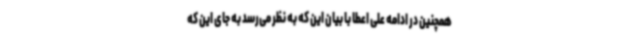
همچنین در ادامه علی اعطا با بیان این که به نظر می‌رسد به جای این که